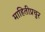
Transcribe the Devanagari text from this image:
माहितीप्रचुर